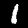
Label: 1